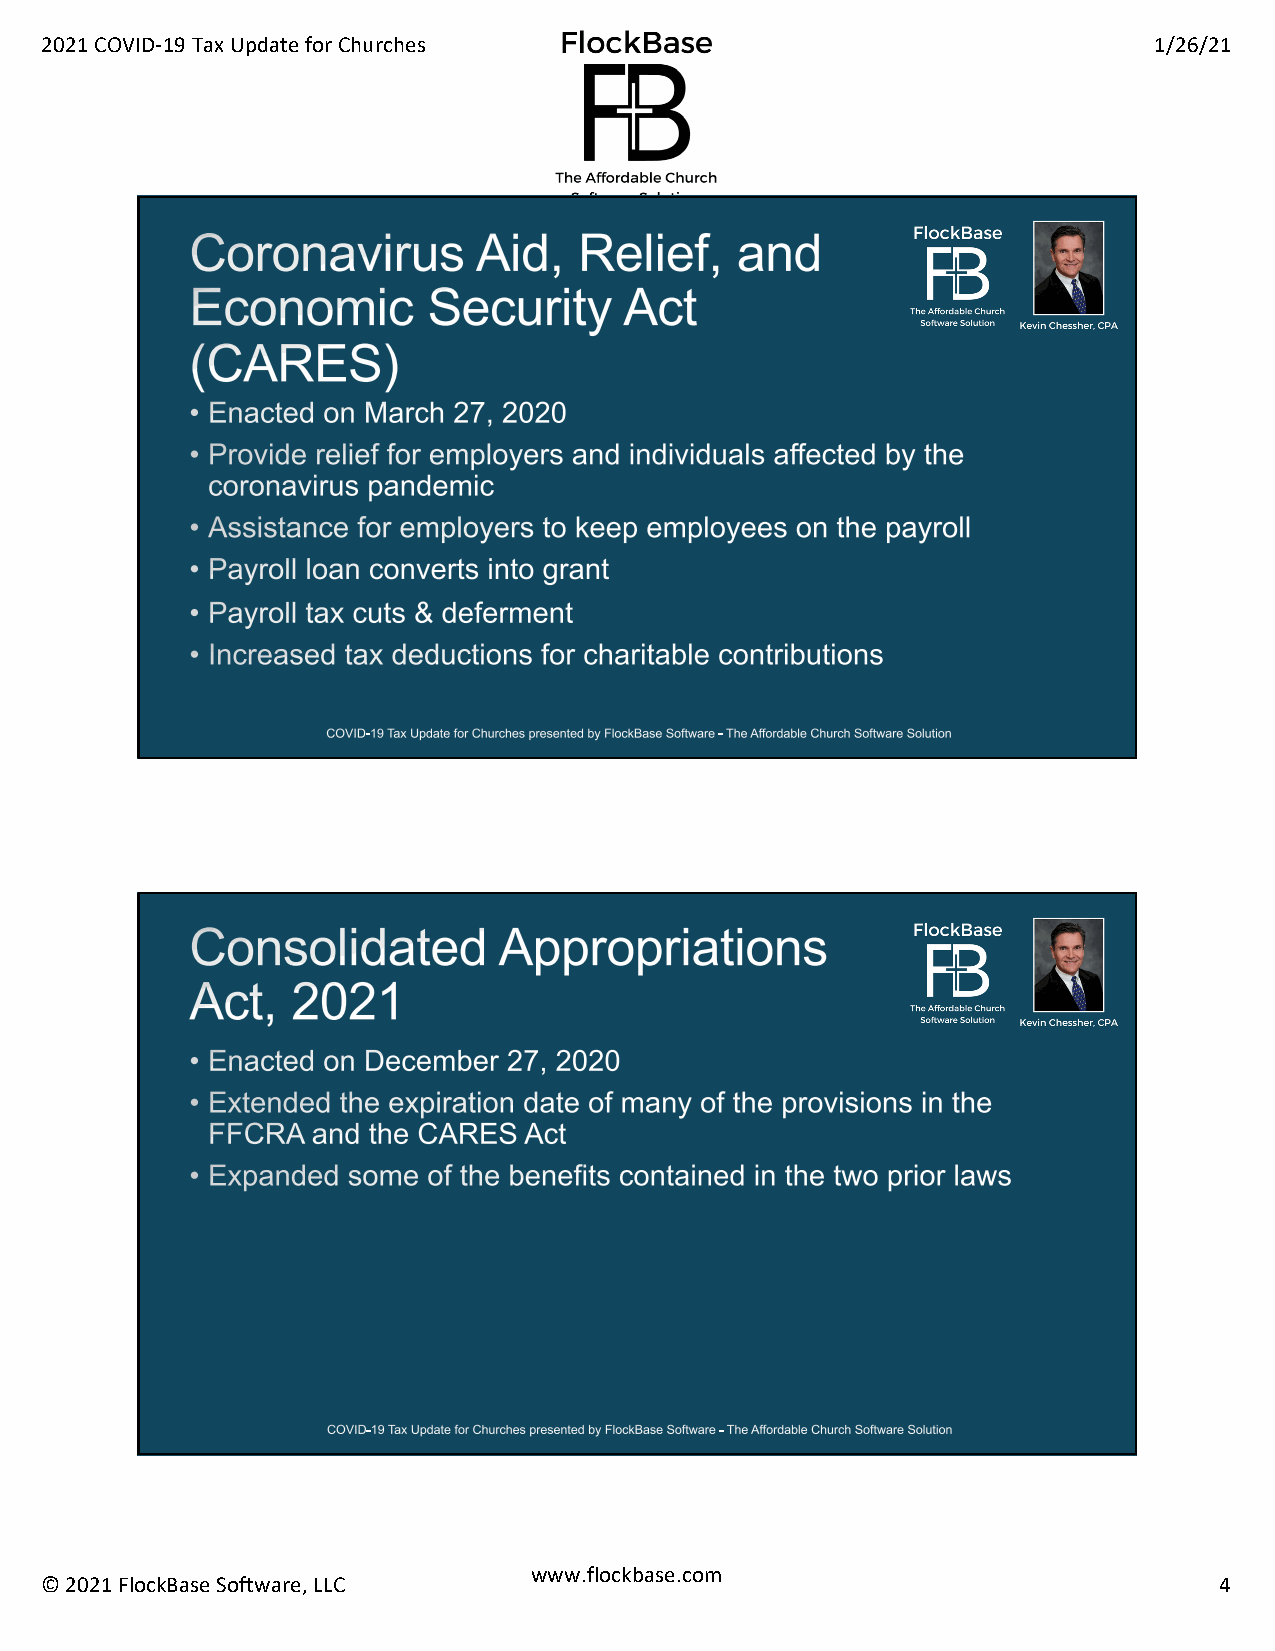
2021 COVID-19 Tax Update for Churches                                    1/26/21
 www.flockbase.com
 © 2021 FlockBase Software, LLC                                                4